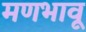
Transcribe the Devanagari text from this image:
मणभावू